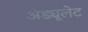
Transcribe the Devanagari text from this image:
अंड्यूलेट